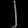
Digit: ၂